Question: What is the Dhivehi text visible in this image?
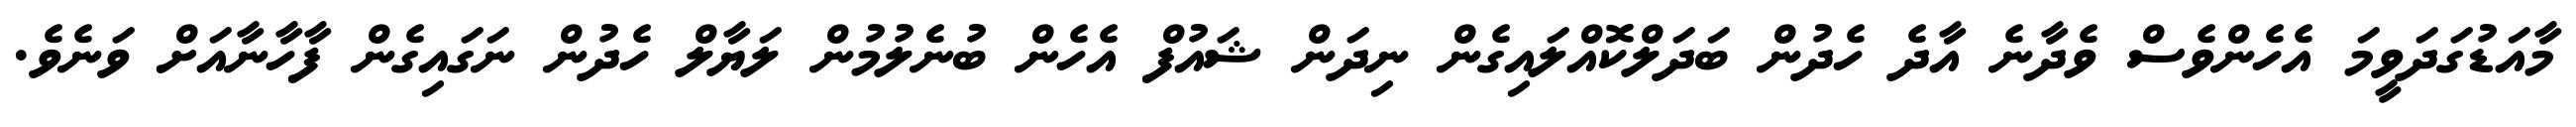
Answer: މާއަޑުގަދަވީމަ އެހެންވެސް ވެދާނެ އާދެ ހެދުން ބަދަލްކޮއްލައިގެން ނިދަން ޝައުފް އެހެން ބުނެލުމުން ލަޔާލް ހެދުން ނަގައިގެން ފާހާނާއަށް ވަނެވެ.